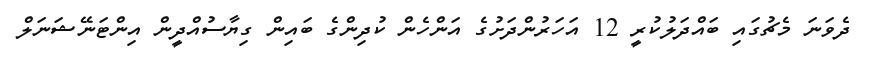
ދެވަނަ މެޗުގައި ބައްދަލުކުރީ 12 އަހަރުންދަށުގެ އަންހެން ކުދިންގެ ބައިން ގިޔާސުއްދީން އިންޓަނޭޝަނަލް